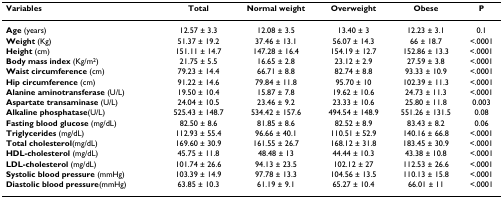
<table><thead><tr><td><b>Variables</b></td><td><b>Total</b></td><td><b>Normal weight</b></td><td><b>Overweight</b></td><td><b>Obese</b></td><td><b>P</b></td></tr></thead><tbody><tr><td><b>Age </b>(years)</td><td>12.57 ± 3.3</td><td>12.08 ± 3.5</td><td>13.40 ± 3</td><td>12.23 ± 3.1</td><td>0.1</td></tr><tr><td><b>Weight </b>(Kg)</td><td>51.37 ± 19.2</td><td>37.46 ± 13.1</td><td>56.07 ± 14.3</td><td>66 ± 18.7</td><td>&lt;.0001</td></tr><tr><td><b>Height </b>(cm)</td><td>151.11 ± 14.7</td><td>147.28 ± 16.4</td><td>154.19 ± 12.7</td><td>152.86 ± 13.3</td><td>&lt;.0001</td></tr><tr><td><b>Body mass index </b>(Kg/m<sup>2</sup>)</td><td>21.75 ± 5.5</td><td>16.65 ± 2.8</td><td>23.12 ± 2.9</td><td>27.59 ± 3.8</td><td>&lt;.0001</td></tr><tr><td><b>Waist circumference </b>(cm)</td><td>79.23 ± 14.4</td><td>66.71 ± 8.8</td><td>82.74 ± 8.8</td><td>93.33 ± 10.9</td><td>&lt;.0001</td></tr><tr><td><b>Hip circumference </b>(cm)</td><td>91.22 ± 14.6</td><td>79.84 ± 11.8</td><td>95.70 ± 10</td><td>102.39 ± 11.3</td><td>&lt;.0001</td></tr><tr><td><b>Alanine aminotransferase </b>(U/L)</td><td>19.50 ± 10.4</td><td>15.87 ± 7.8</td><td>19.62 ± 10.6</td><td>24.73 ± 11.3</td><td>&lt;.0001</td></tr><tr><td><b>Aspartate transaminase </b>(U/L)</td><td>24.04 ± 10.5</td><td>23.46 ± 9.2</td><td>23.33 ± 10.6</td><td>25.80 ± 11.8</td><td>0.003</td></tr><tr><td><b>Alkaline phosphatase</b>(U/L)</td><td>525.43 ± 148.7</td><td>534.42 ± 157.6</td><td>494.54 ± 148.9</td><td>551.26 ± 131.5</td><td>0.08</td></tr><tr><td><b>Fasting blood glucose </b>(mg/dL)</td><td>82.50 ± 8.6</td><td>81.85 ± 8.6</td><td>82.52 ± 8.9</td><td>83.43 ± 8.2</td><td>0.06</td></tr><tr><td><b>Triglycerides </b>(mg/dL)</td><td>112.93 ± 55.4</td><td>96.66 ± 40.1</td><td>110.51 ± 52.9</td><td>140.16 ± 66.8</td><td>&lt;.0001</td></tr><tr><td><b>Total cholesterol</b>(mg/dL)</td><td>169.60 ± 30.9</td><td>161.55 ± 26.7</td><td>168.12 ± 31.8</td><td>183.45 ± 30.9</td><td>&lt;.0001</td></tr><tr><td><b>HDL-cholesterol </b>(mg/dL)</td><td>45.75 ± 11.8</td><td>48.48 ± 13</td><td>44.44 ± 10.3</td><td>43.38 ± 10.8</td><td>&lt;.0001</td></tr><tr><td><b>LDL-cholesterol </b>(mg/dL)</td><td>101.74 ± 26.6</td><td>94.13 ± 23.5</td><td>102.12 ± 27</td><td>112.53 ± 26.6</td><td>&lt;.0001</td></tr><tr><td><b>Systolic blood pressure </b>(mmHg)</td><td>103.39 ± 14.9</td><td>97.78 ± 13.3</td><td>104.56 ± 13.5</td><td>110.13 ± 15.8</td><td>&lt;.0001</td></tr><tr><td><b>Diastolic blood pressure</b>(mmHg)</td><td>63.85 ± 10.3</td><td>61.19 ± 9.1</td><td>65.27 ± 10.4</td><td>66.01 ± 11</td><td>&lt;.0001</td></tr></tbody></table>